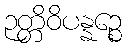
ဉတ္တိဝိပန္နဉ္စေ